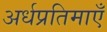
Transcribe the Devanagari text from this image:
अर्धप्रतिमाएँ